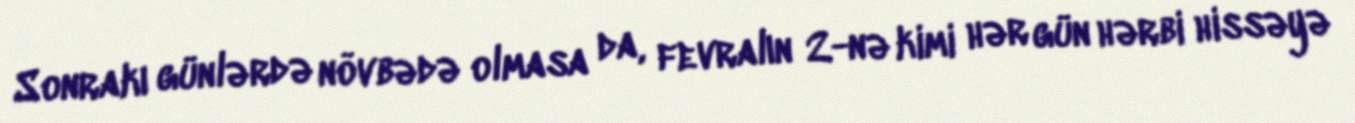
Sonrakı günlərdə növbədə olmasa da, fevralın 2-nə kimi hər gün hərbi hissəyə